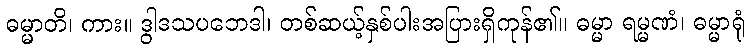
ဓမ္မာတိ၊ ကား။ ဒွါဒသပဘေဒါ၊ တစ်ဆယ့်နှစ်ပါးအပြားရှိကုန်၏။ ဓမ္မာ ရမ္မဏံ၊ ဓမ္မာရုံ